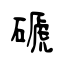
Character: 磃